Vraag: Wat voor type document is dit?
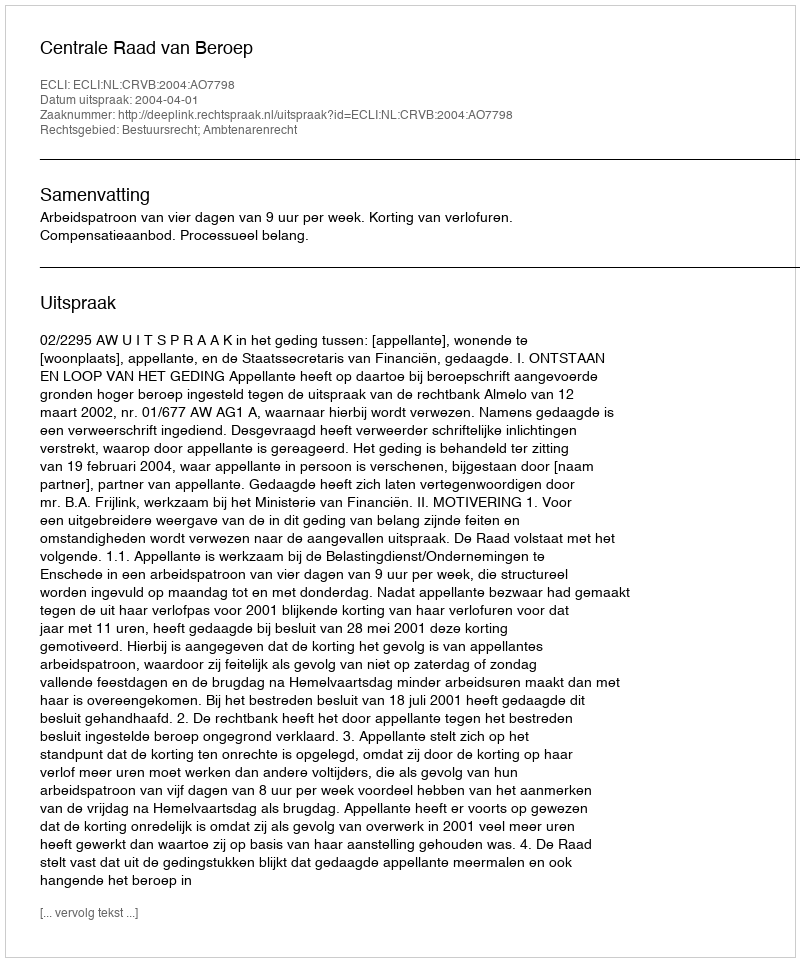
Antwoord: Uitspraak